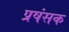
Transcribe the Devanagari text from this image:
प्रषंसक